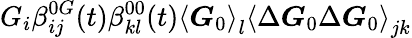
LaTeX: G_{i}\beta_{ij}^{0G}(t)\beta_{kl}^{00}(t)\left\langle\boldsymbol{G}_{0}\right\rangle_{l}\left\langle\Delta\boldsymbol{G}_{0}\Delta\boldsymbol{G}_{0}\right\rangle_{jk}